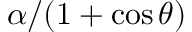
\alpha / ( 1 + \cos \theta )